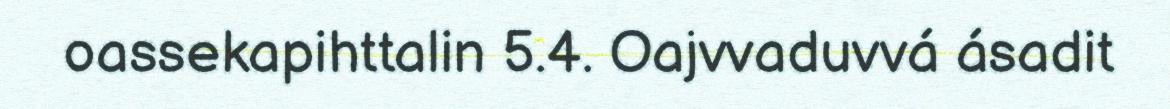
oassekapihttalin 5.4. Oajvvaduvvá ásadit